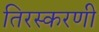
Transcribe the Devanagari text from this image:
तिरस्करणी